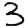
Digit: 3